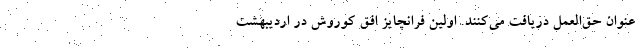
عنوان حق‌العمل دریافت می‌کنند. اولین فرانچایز افق کوروش در اردیبهشت